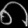
Digit: ၈